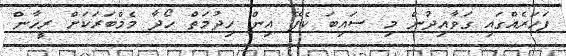
ފަހަރެއްގައި ގަވާއިދުން މި ސައިބަ ކެފޭ އިން ހިދުމަތް ހޯދާ މެމްބަރަކަށް ރީހާން